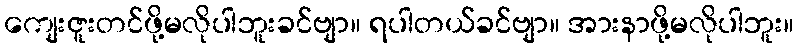
ကျေးဇူးတင်ဖို့မလိုပါဘူးခင်ဗျာ။ ရပါတယ်ခင်ဗျာ။ အားနာဖို့မလိုပါဘူး။